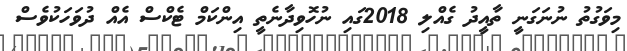
މިވަގުތު ނުނަގަނީ ތާއީދު ގެއްލި 2018ގައި ނުހޮވިދާނެތީ އިންކަމް ޓެކްސް އެއް ދުވަހަކުވެސް